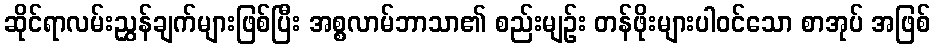
ဆိုင်ရာလမ်းညွှန်ချက်များဖြစ်ပြီး အစ္စလာမ်ဘာသာ၏ စည်းမျဉ်း တန်ဖိုးများပါဝင်သော စာအုပ် အဖြစ်